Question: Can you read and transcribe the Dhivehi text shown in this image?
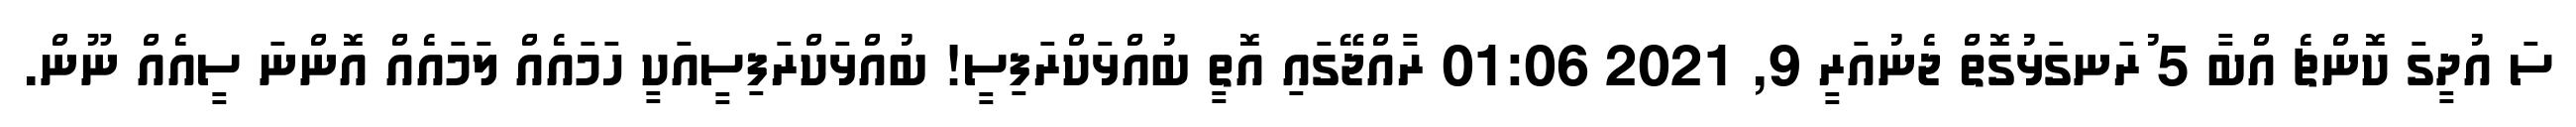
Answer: ސަ އުދީގަ ކޮންޗެ އްބާ 5 ުރަނގަޅުގޮތް ޖެނުއަރީ 9, 2021 01:06 ރާއްޖޭގައި އޮތީ ބުއްޅަކްރަފިސީ! ބުއްޅަކްރަފިސީއަކީ ހަމައެއް ލަމައެއް އޮންނަ ސީއެއް ނޫން.